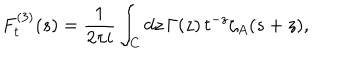
LaTeX: F _ { t } ^ { ( 3 ) } ( s ) = \frac { 1 } { 2 \pi i } \int _ { C } d z \, \Gamma ( z ) \, t ^ { - z } \zeta _ { A } ( s + z ) ,